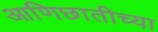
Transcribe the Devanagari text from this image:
आणिछातीच्या